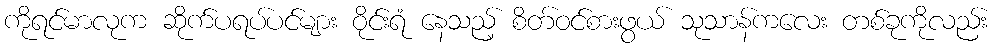
ကိုရင်မာလုက ဆိုက်ပရပ်ပင်များ ဝိုင်းရံ နေသည့် စိတ်ဝင်စားဖွယ် သုသာန်ကလေး တစ်ခုကိုလည်း